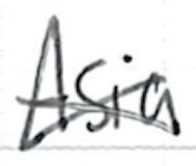
Text: Asia,
Cross-out: cross
Writing tool: ballpoint